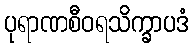
ပုရာဏစီဝရသိက္ခာပဒံ